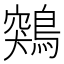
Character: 鶟